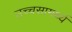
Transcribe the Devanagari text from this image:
उच्चसामर्थ्य